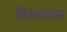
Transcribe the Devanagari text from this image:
तिरुवप्पन